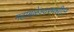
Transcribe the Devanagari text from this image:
महाबळेश्वरमधील